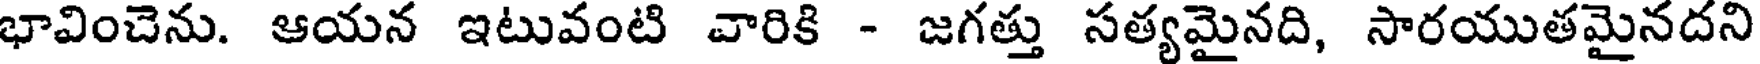
భావించెను. ఆయన ఇటువంటి వారికి - జగత్తు సత్యమైనది, సారయుతమైనదని